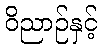
ဝိညာဉ်နှင့်